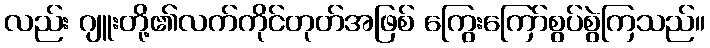
လည်း ဂျူးတို့၏လက်ကိုင်တုတ်အဖြစ် ကြွေးကြော်စွပ်စွဲကြသည်။